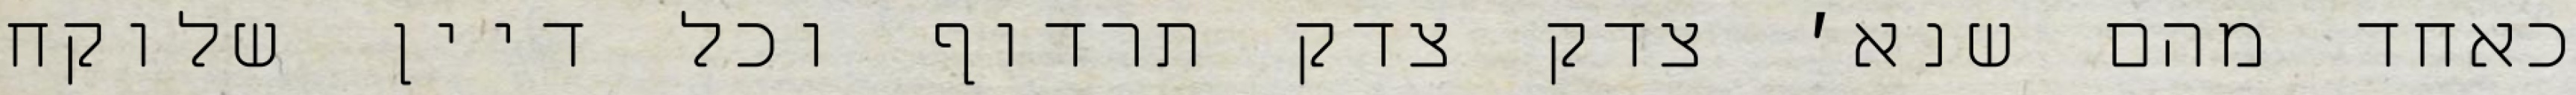
כאחד מהם שנא׳ צדק צדק תרדוף וכל דיין שלוקח